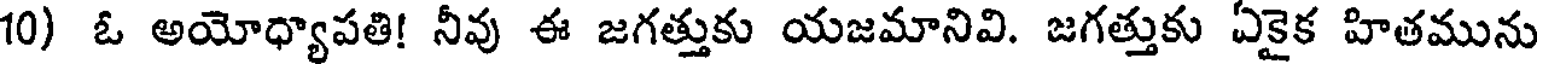
10) ఓ అయోధ్యాపతి! నీవు ఈ జగత్తుకు యజమానివి. జగత్తుకు ఏకైక హితమును